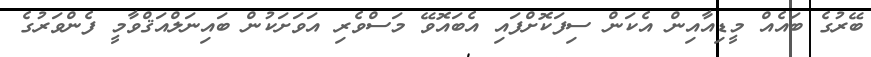
ބޭރުގެ ބައެއް މީޑިއާއިން އެކަން ސިފަކޮށްފައި އެބައޮވޭ މަސްވެރި އަވަށަކުން ބައިނަލްއަޤްވާމީ ފެންވަރުގެ